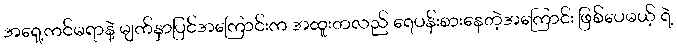
အရှေ့ကင်မရာနဲ့ မျက်နှာပြင်အကြောင်းက အထူးတလည် ရေပန်းစားနေတဲ့အကြောင်း ဖြစ်ပေမယ့် ရဲ့